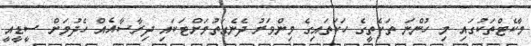
މާކެޓްތަކުގައި މި ހުންނަ ތަކެތީގެ ހަކަތައިގެ މިންވަރު ދެނެގަތުމަށްޓަކައި ދިރާސާއެއް ހެދުމަށް ސީޑީއީ